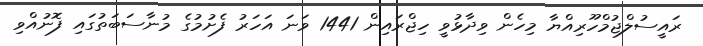
ރައީސުލްޖުމްހޫރިއްޔާ މިހެން ވިދާޅުވީ ހިޖްރައިން 1441 ވަނަ އަހަރު ފެށުމުގެ މުނާސަބަތުގައި ފޮނުއްވި